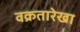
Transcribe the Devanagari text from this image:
वक्रतारेखा